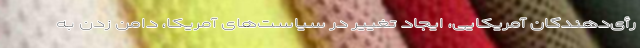
رأی‌دهندگان آمریکایی، ایجاد تغییر در سیاست‌های آمریکا، دامن زدن به